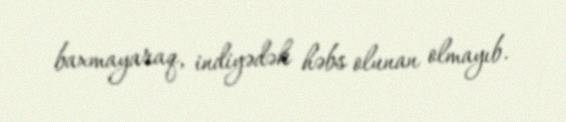
baxmayaraq, indiyədək həbs olunan olmayıb.